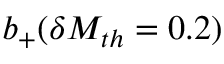
b _ { + } ( \delta M _ { t h } = 0 . 2 )